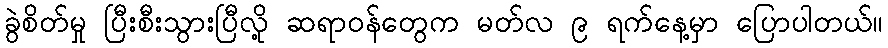
ခွဲစိတ်မှု ပြီးစီးသွားပြီလို့ ဆရာဝန်တွေက မတ်လ ၉ ရက်နေ့မှာ ပြောပါတယ်။